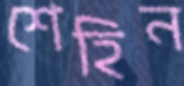
শেহিন